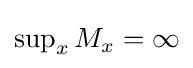
{\textstyle \sup _{x}M_{x}=\infty }